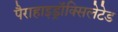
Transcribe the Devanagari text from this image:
पैराहाइड्रॉक्सिलेटेड